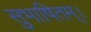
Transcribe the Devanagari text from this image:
सुभाषितम्।